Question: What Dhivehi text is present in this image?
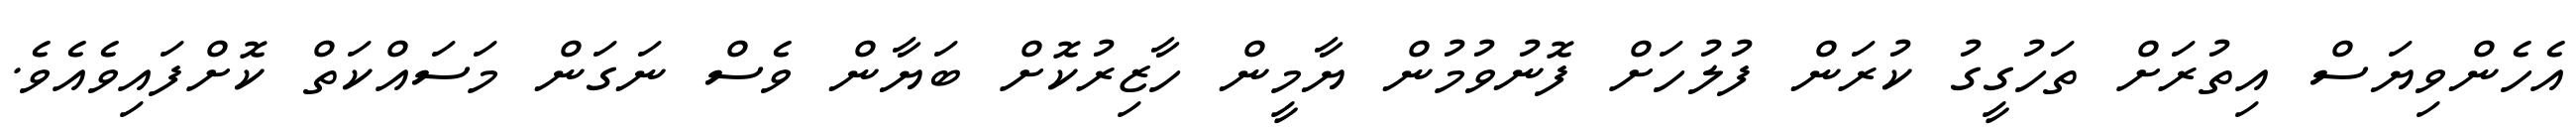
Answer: އެހެންވިޔަސް އިތުރަށް ތަހުގީގު ކުރަން ފުލުހަށް ފޮނުވުމުން ޔާމީން ހާޒިރުކޮށް ބަޔާން ވެސް ނަގަން މަސައްކަތް ކޮށްފައިވެއެވެ.